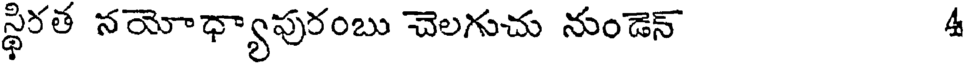
స్థిరత నయోధ్యాపురంబు చెలగుచు నుండెన్ 4